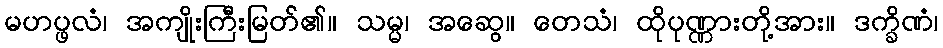
မဟပ္ဖလံ၊ အကျိုးကြီးမြတ်၏။ သမ္မ၊ အဆွေ။ တေသံ၊ ထိုပုဏ္ဏားတို့အား။ ဒက္ခိဏံ၊